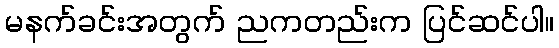
မနက်ခင်းအတွက် ညကတည်းက ပြင်ဆင်ပါ။